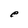
Character: e